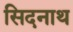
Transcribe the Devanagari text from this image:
सिदनाथ